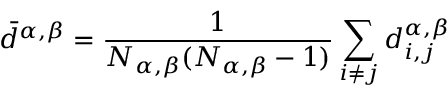
\displaystyle \bar { d } ^ { \alpha , \beta } = \frac { 1 } { N _ { \alpha , \beta } ( N _ { \alpha , \beta } - 1 ) } \sum _ { i \neq j } { d _ { i , j } ^ { \alpha , \beta } }